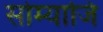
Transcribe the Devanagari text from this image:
सोम्याजि